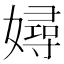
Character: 㜦